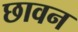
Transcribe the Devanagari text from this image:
छावन